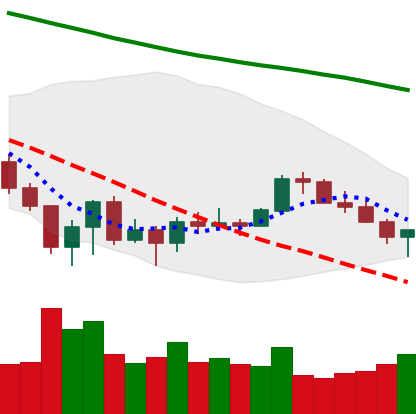
Ticker: XLM-USD
Chart end date: 2022-06-30
Forward return: -3.466%
Label: down_3_5